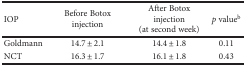
<table><thead><tr><td><b>IOP</b></td><td><b>Before Botox injection</b></td><td><b>After Botox injection (at second week)</b></td><td><b><i>p</i> value<sup>b</sup></b></td></tr></thead><tbody><tr><td>Goldmann</td><td>14.7 ± 2.1</td><td>14.4 ± 1.8</td><td>0.11</td></tr><tr><td>NCT</td><td>16.3 ± 1.7</td><td>16.1 ± 1.8</td><td>0.43</td></tr></tbody></table>